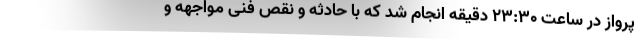
پرواز در ساعت ۲۳:۳۰ دقیقه انجام شد که با حادثه و نقص فنی مواجهه و